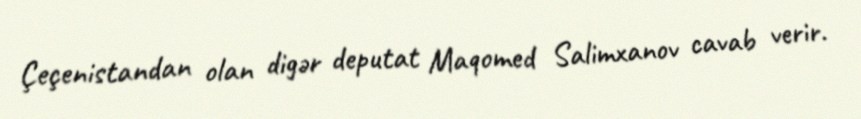
Çeçenistandan olan digər deputat Maqomed Salimxanov cavab verir.